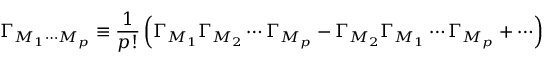
\Gamma _ { M _ { 1 } \cdots M _ { p } } \equiv \frac { 1 } { p ! } \left( \Gamma _ { M _ { 1 } } \Gamma _ { M _ { 2 } } \cdots \Gamma _ { M _ { p } } - \Gamma _ { M _ { 2 } } \Gamma _ { M _ { 1 } } \cdots \Gamma _ { M _ { p } } + \cdots \right)